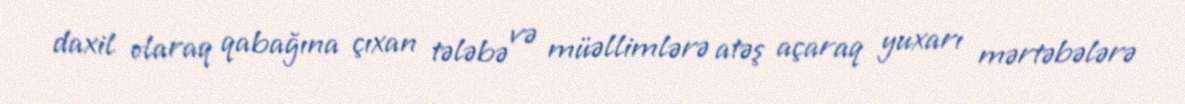
daxil olaraq qabağına çıxan tələbə və müəllimlərə atəş açaraq yuxarı mərtəbələrə